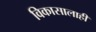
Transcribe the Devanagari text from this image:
विकासालाही